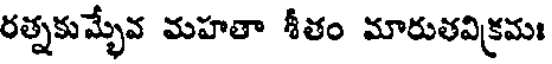
రత్నకుమ్భేవ మహతా శీతం మారుతవిక్రమః